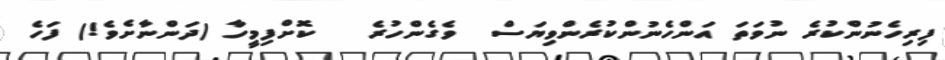
ފިރިހެނުންކުރެ ނުވަތަ އަންހެނުންކުރެންވިޔަސް  ވެގެންހުރެ   ކޮށްފިމީހާ (ދަންނާށެވެ!) ފަހެ